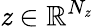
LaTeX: \mathit{z}\in\mathbb{{R}}^{N_{\mathit{z}}}